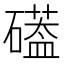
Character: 𮁌